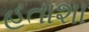
હતાશા